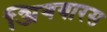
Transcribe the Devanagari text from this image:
अिगयारस